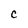
Character: C